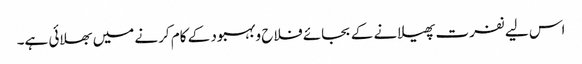
اس لیے نفرت پھیلانے کے بجائے فلاح وبہبود کے کام کرنے میں بھلائی ہے۔